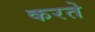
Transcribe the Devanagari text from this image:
करते